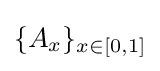
\{A_{x}\}_{x\in [0,1]}